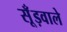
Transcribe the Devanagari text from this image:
सूँड़वाले